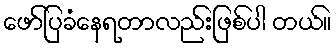
ဖော်ပြခံနေရတာလည်းဖြစ်ပါ တယ်။